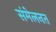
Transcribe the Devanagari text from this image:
संमेलनत